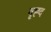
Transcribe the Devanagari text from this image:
वृह्द